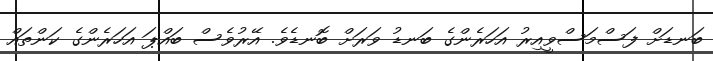
ބަނޑަށް ފަސްމަސްވީއިރު އަހަރެންގެ ބަނޑު ވަރަށް ބޮނޑެވެ. އޭރުވެސް ބައްޕަ އަހަރެންގެ ކަންތައް